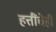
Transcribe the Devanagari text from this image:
हत्तींचेही